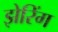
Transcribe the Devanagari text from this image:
झेरिंग